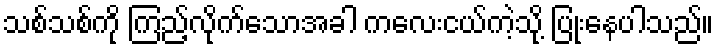
သစ်သစ်ကို ကြည့်လိုက်သောအခါ ကလေးငယ်ကဲ့သို့ ပြုံးနေပါသည်။